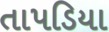
તાપડિયા